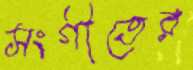
সংগীতের